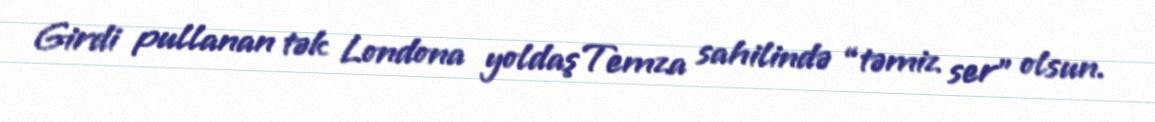
Girdi pullanan tək Londona yoldaşTemza sahilində “təmiz ser” olsun.